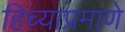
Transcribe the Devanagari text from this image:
हिच्याप्रमाणे